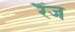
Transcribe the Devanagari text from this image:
रैंज